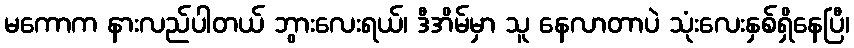
မကောက နားလည်ပါတယ် ဘွားလေးရယ်၊ ဒီအိမ်မှာ သူ နေလာတာပဲ သုံးလေးနှစ်ရှိနေပြီ၊